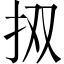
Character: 㧐